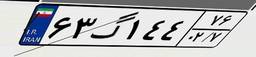
۲۶گ۰۴۹۷۶